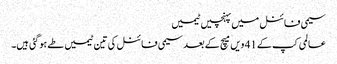
سیمی فائنل میں پہنچیں ٹیمیں
عالمی کپ کے 41 ویں میچ کے بعد سیمی فائنل کی تین ٹیمیں طے ہوگئی ہیں۔